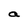
Character: a